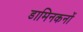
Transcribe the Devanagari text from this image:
डामिनकनों